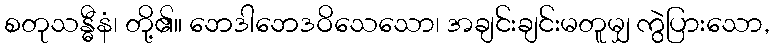
စတုသန္ဓီနံ၊ တို့၏။ ဘေဒါဘေဒဝိသေသော၊ အချင်းချင်းမတူမျှ ကွဲပြားသော,